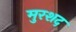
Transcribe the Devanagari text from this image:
मुरशद